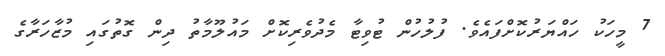
7 މީހަކު ހައްޔަރުކޮށްފައެވެ. ފުލުހުން ޓުވިޓާ މެދުވެރިކޮށް މައުލޫމާތު ދިން ގޮތުގައި މުޒާހަރާގެ